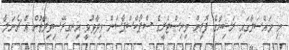
މި މައްސަލާގައި ރަޝިޔާގެ ފޮރިން މިނިސްޓްރީގެ ސްޕޯކްސްޕާސަން ވިދާޅުވީ އިނގިރޭސިވިލާތުން އެ ޗެނަލާ